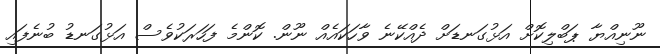
ނޫނިއްޔާ ޕަބްލިކޮށް އަޅުގަނޑަށް ދެއްކޭނެ ވާހަކައެއް ނޫން. ކޮންމެ ފަހަރަކުވެސް އަޅުގަނޑު ބުނެފައި